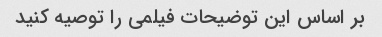
بر اساس این توضیحات فیلمی را توصیه کنید